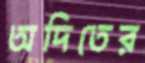
অদিতের